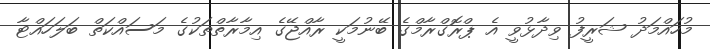
މުހައްމަދު ޝަރީފު ވިދާޅުވީ އެ ޕްރޮގްރާމްގެ ބޭނުމަކީ ރާއްޖޭގެ އިމާރާތްތަކުގެ މަސައްކަތް ބަލަހައްޓާ